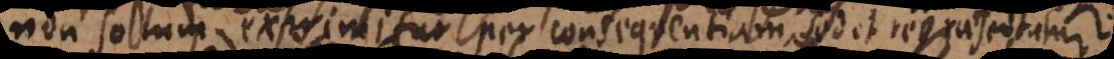
non solum exprimitur per consequentiam, sed et repraesentatur.